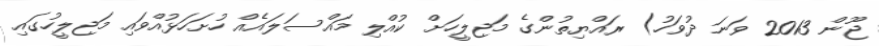
ޖޫން 2013 ވަނަ ދުވަހު) ރައްޔިތުންގެ މަޖިލީހަށް ކުއްލި މައްސަލައެއް ހުށަހަޅުއްވައި މަޖިލީހުގައި